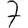
Digit: 7